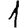
Digit: 1